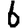
Digit: 6